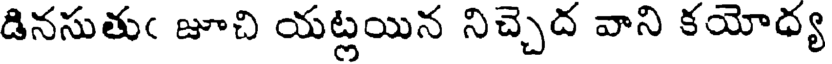
డినసుతుఁ జూచి యట్లయిన నిచ్చెద వాని కయోధ్య